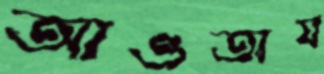
আওতায